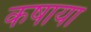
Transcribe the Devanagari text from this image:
कषाया